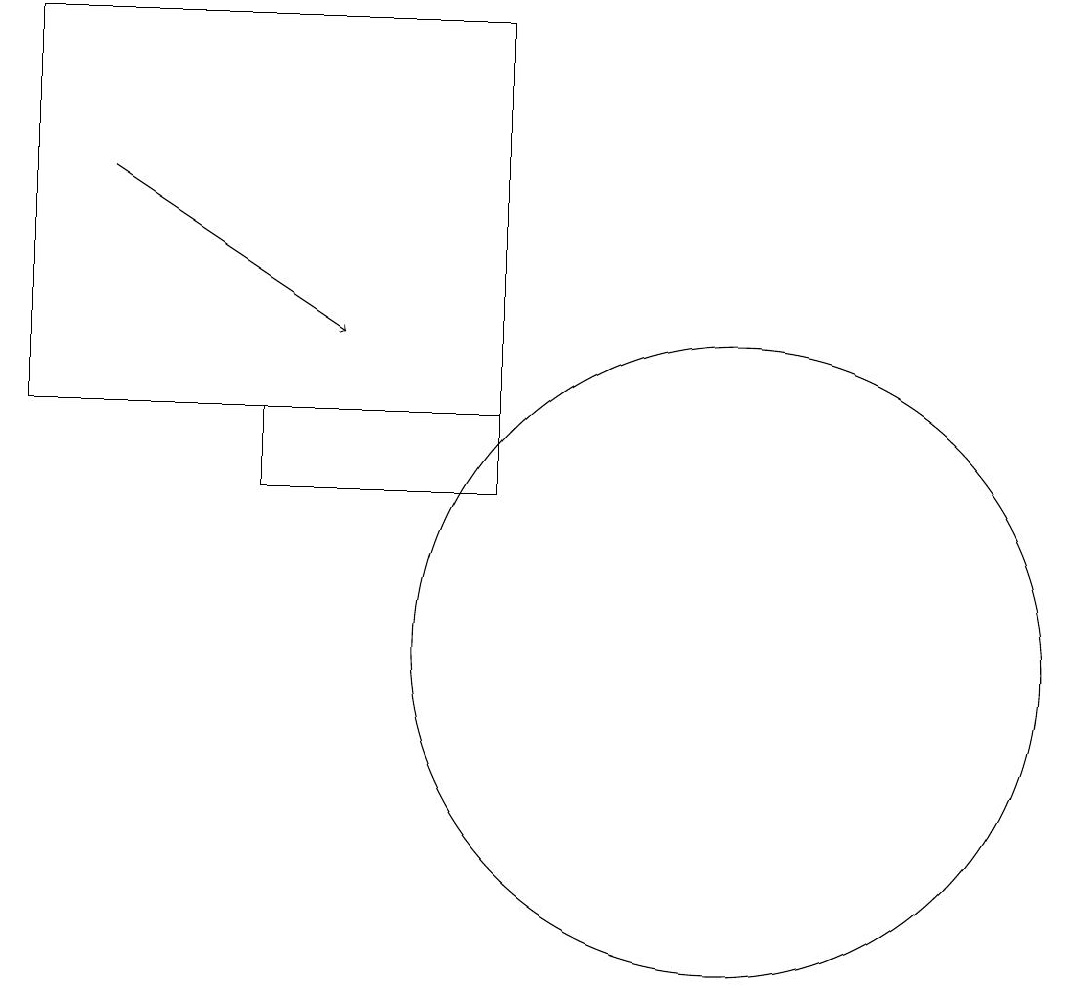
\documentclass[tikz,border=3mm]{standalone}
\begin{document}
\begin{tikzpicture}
\draw (10,11) circle (4);
\draw[->] (2,17) -- (5,15);
\draw (1,14) rectangle (7,19);
\draw (11,11) circle (0);
\draw (12,11) circle (0);
\draw (4,13) rectangle (7,14);
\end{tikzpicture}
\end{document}